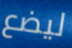
ليضع